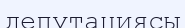
депутациясы